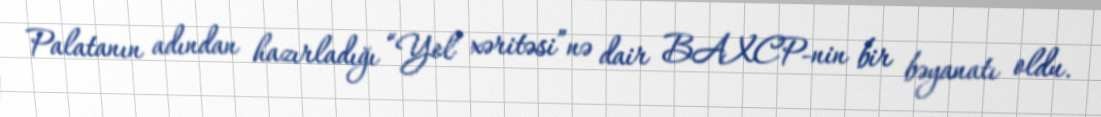
Palatanın adından hazırladığı “Yol xəritəsi”nə dair BAXCP-nin bir bəyanatı oldu.